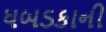
ધબડકાની